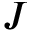
J